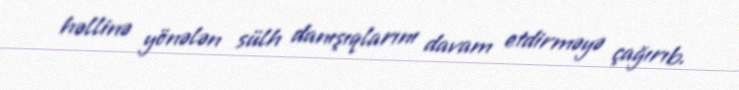
həllinə yönələn sülh danışıqlarını davam etdirməyə çağırıb.